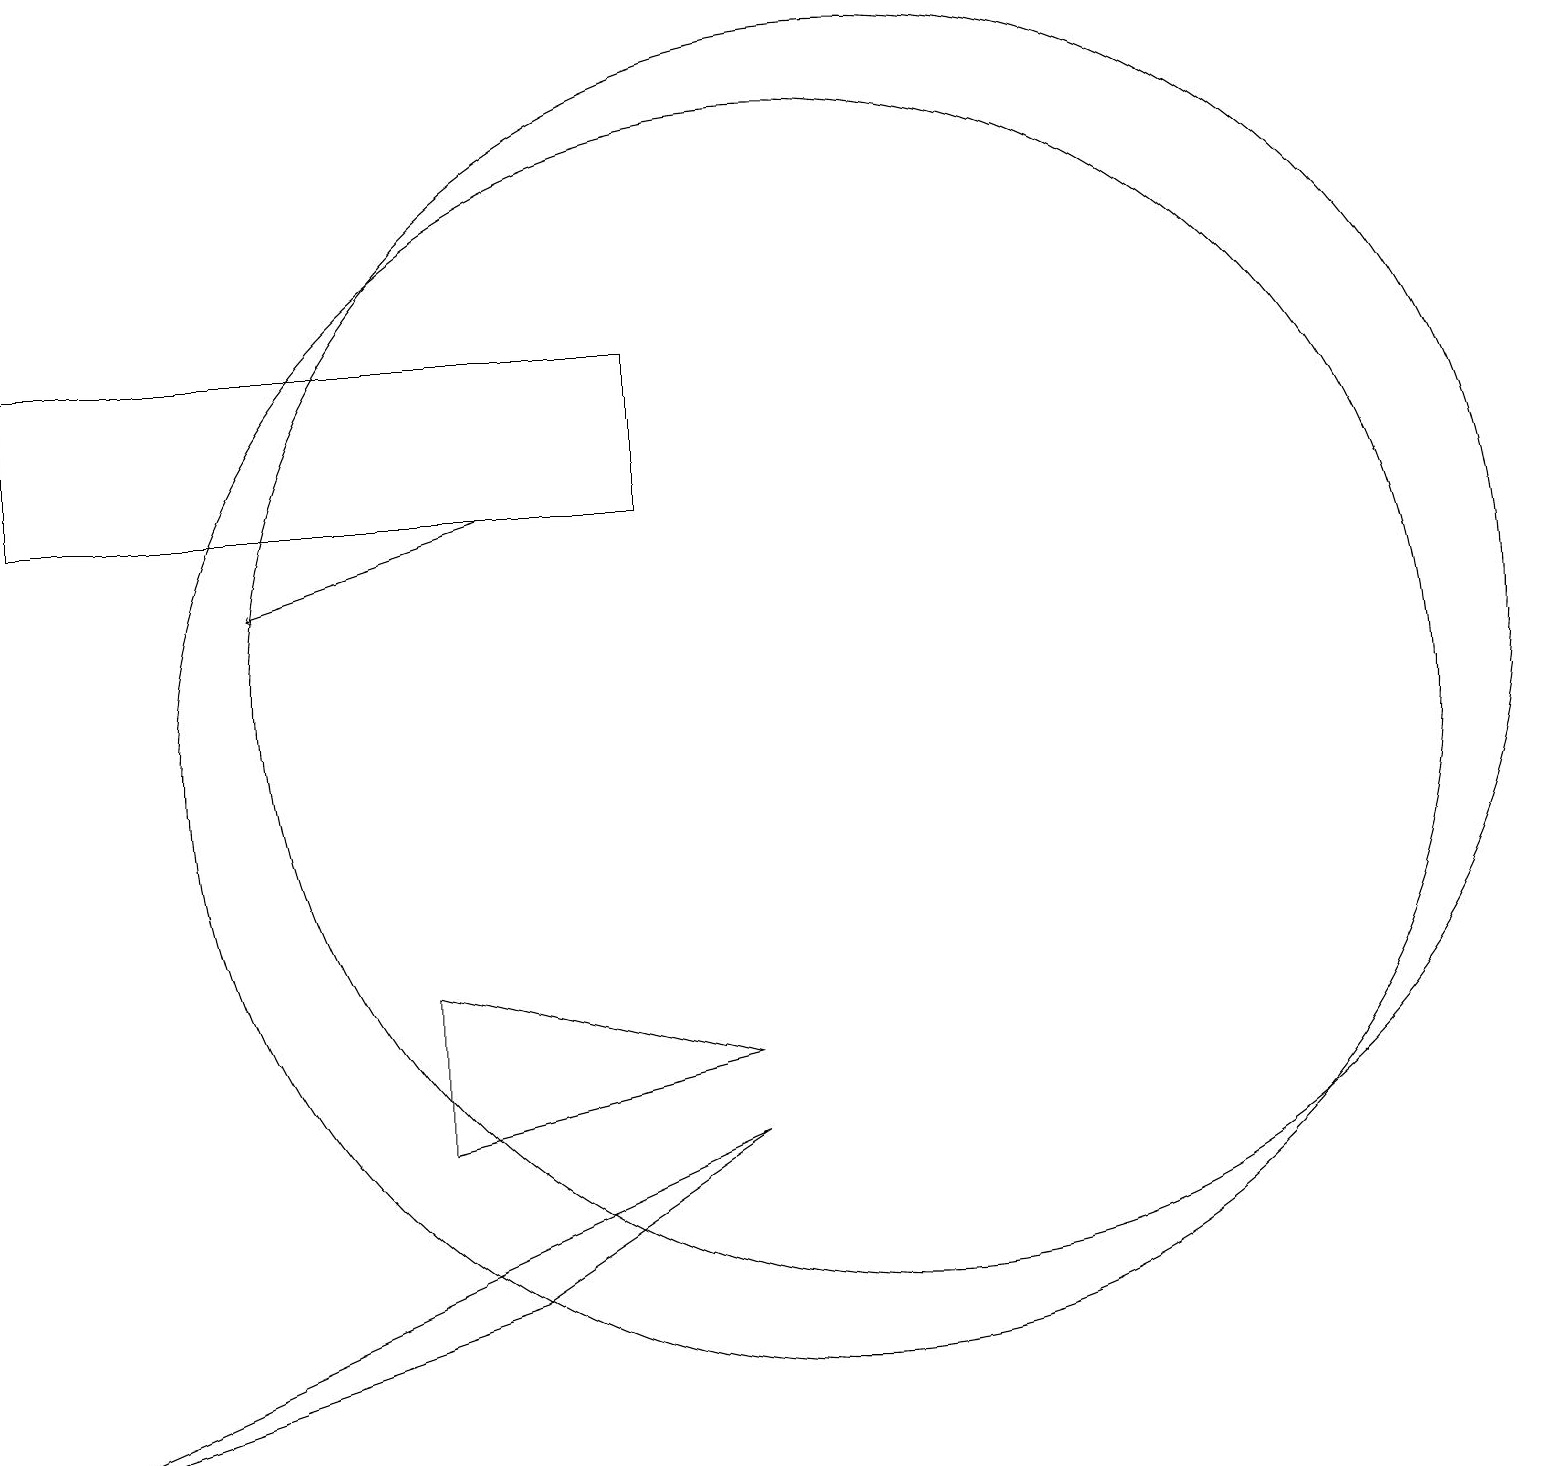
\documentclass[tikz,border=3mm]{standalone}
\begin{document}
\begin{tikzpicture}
\draw[->] (6,13) -- (3,12);
\draw (11,11) circle (8);
\draw (6,3) -- (0,1) -- (9,5) -- cycle;
\draw (0,13) rectangle (8,15);
\draw (10,10) circle (8);
\draw (5,7) -- (5,5) -- (9,6) -- cycle;
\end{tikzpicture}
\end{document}